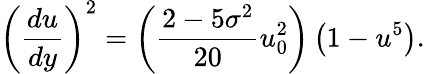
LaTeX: \left(\frac{du}{dy}\right)^{2}=\left(\frac{2-5\sigma^{2}}{20}u_{0}^{2}\right)\left(1-u^{5}\right).